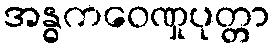
အန္ဓကဝေဏှုပုတ္တာ